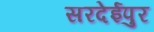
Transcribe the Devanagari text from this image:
सरदेईपुर